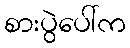
စားပွဲပေါ်က